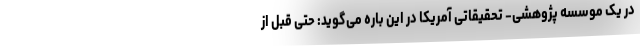
در یک موسسه پژوهشی- تحقیقاتی آمریکا در این باره می‌گوید: حتی قبل از